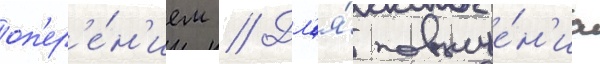
оп'ер'е́н'ием // Дл'я́ повыше́н'иа